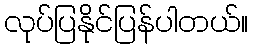
လုပ်ပြနိုင်ပြန်ပါတယ်။